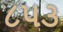
૮૫૩